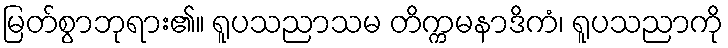
မြတ်စွာဘုရား၏။ ရူပသညာသမ တိက္ကမနာဒိကံ၊ ရူပသညာကို